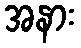
အနား